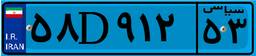
۵۸D۹۱۲۵۳